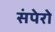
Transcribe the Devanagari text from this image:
संपेरो